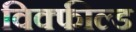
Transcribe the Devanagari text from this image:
विक्फील्ड